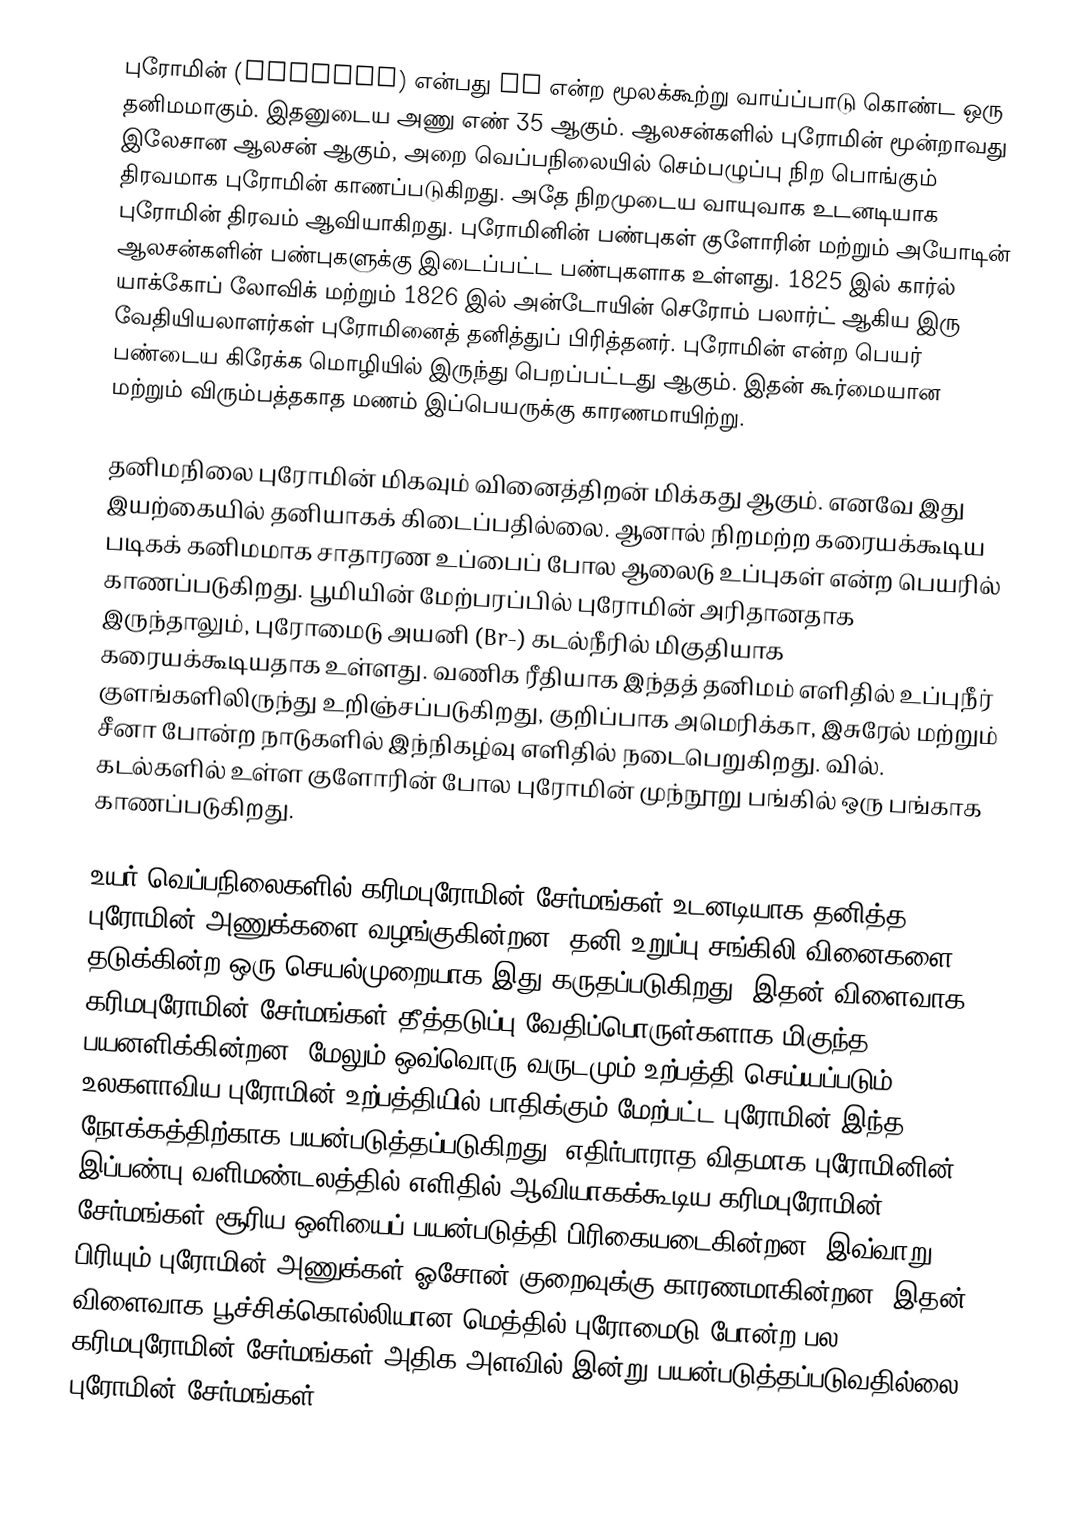
புரோமின் (Bromine) என்பது Br என்ற மூலக்கூற்று வாய்ப்பாடு கொண்ட ஒரு தனிமமாகும். இதனுடைய அணு எண் 35 ஆகும். ஆலசன்களில் புரோமின் மூன்றாவது இலேசான ஆலசன் ஆகும், அறை வெப்பநிலையில் செம்பழுப்பு நிற பொங்கும் திரவமாக புரோமின் காணப்படுகிறது. அதே நிறமுடைய வாயுவாக உடனடியாக புரோமின் திரவம்  ஆவியாகிறது. புரோமினின் பண்புகள் குளோரின் மற்றும் அயோடின் ஆலசன்களின் பண்புகளுக்கு  இடைப்பட்ட பண்புகளாக உள்ளது. 1825 இல் கார்ல் யாக்கோப் லோவிக்  மற்றும் 1826 இல் அன்டோயின் செரோம் பலார்ட் ஆகிய இரு வேதியியலாளர்கள் புரோமினைத் தனித்துப் பிரித்தனர். புரோமின் என்ற பெயர் பண்டைய கிரேக்க  மொழியில் இருந்து பெறப்பட்டது ஆகும்.  இதன் கூர்மையான மற்றும் விரும்பத்தகாத மணம் இப்பெயருக்கு காரணமாயிற்று.

தனிமநிலை புரோமின் மிகவும் வினைத்திறன் மிக்கது ஆகும். எனவே இது இயற்கையில் தனியாகக் கிடைப்பதில்லை. ஆனால் நிறமற்ற கரையக்கூடிய படிகக் கனிமமாக சாதாரண உப்பைப் போல ஆலைடு உப்புகள் என்ற பெயரில் காணப்படுகிறது. பூமியின் மேற்பரப்பில் புரோமின் அரிதானதாக இருந்தாலும், புரோமைடு அயனி (Br-) கடல்நீரில் மிகுதியாக  கரையக்கூடியதாக உள்ளது. வணிக ரீதியாக இந்தத் தனிமம் எளிதில் உப்புநீர் குளங்களிலிருந்து உறிஞ்சப்படுகிறது, குறிப்பாக அமெரிக்கா, இசுரேல் மற்றும் சீனா போன்ற நாடுகளில் இந்நிகழ்வு எளிதில் நடைபெறுகிறது. வில். கடல்களில் உள்ள குளோரின் போல புரோமின் முந்நூறு பங்கில் ஒரு பங்காக காணப்படுகிறது.

உயர் வெப்பநிலைகளில் கரிமபுரோமின் சேர்மங்கள்  உடனடியாக தனித்த புரோமின் அணுக்களை வழங்குகின்றன. தனி உறுப்பு சங்கிலி வினைகளை தடுக்கின்ற ஒரு செயல்முறையாக இது கருதப்படுகிறது. இதன் விளைவாக கரிமபுரோமின் சேர்மங்கள் தீத்தடுப்பு வேதிப்பொருள்களாக மிகுந்த பயனளிக்கின்றன. மேலும் ஒவ்வொரு வருடமும் உற்பத்தி செய்யப்படும் உலகளாவிய புரோமின் உற்பத்தியில் பாதிக்கும் மேற்பட்ட புரோமின் இந்த நோக்கத்திற்காக பயன்படுத்தப்படுகிறது. எதிர்பாராத விதமாக புரோமினின் இப்பண்பு வளிமண்டலத்தில் எளிதில் ஆவியாகக்கூடிய கரிமபுரோமின் சேர்மங்கள் சூரிய ஒளியைப் பயன்படுத்தி பிரிகையடைகின்றன. இவ்வாறு பிரியும் புரோமின் அணுக்கள்  ஓசோன் குறைவுக்கு காரணமாகின்றன. இதன் விளைவாக பூச்சிக்கொல்லியான மெத்தில் புரோமைடு போன்ற பல கரிமபுரோமின் சேர்மங்கள் அதிக அளவில் இன்று பயன்படுத்தப்படுவதில்லை. புரோமின் சேர்மங்கள்